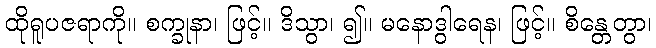
ထိုရူပဇရာကို။ စက္ခုနာ၊ ဖြင့်။ ဒိသွာ၊ ၍။ မနောဒွါရေန၊ ဖြင့်။ စိန္တေတွာ၊